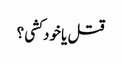
قتل یا خود کشی ؟